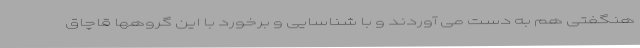
هنگفتی هم به دست می آوردند و با شناسایی و برخورد با این گروهها قاچاق